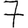
Digit: 7